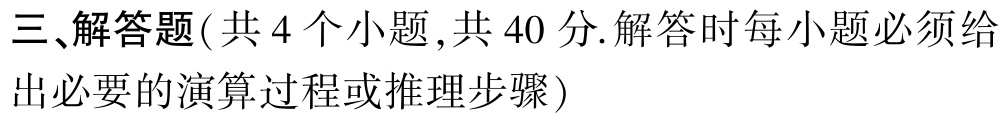
三、解答题(共 4 个小题 ,共 40 分.解答时每小题必须给

出必要的演算过程或推理步骤)